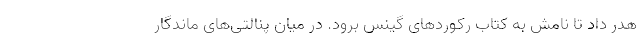
هدر داد تا نامش به کتاب رکوردهای گینس برود. در میان پنالتی‌های ماندگار